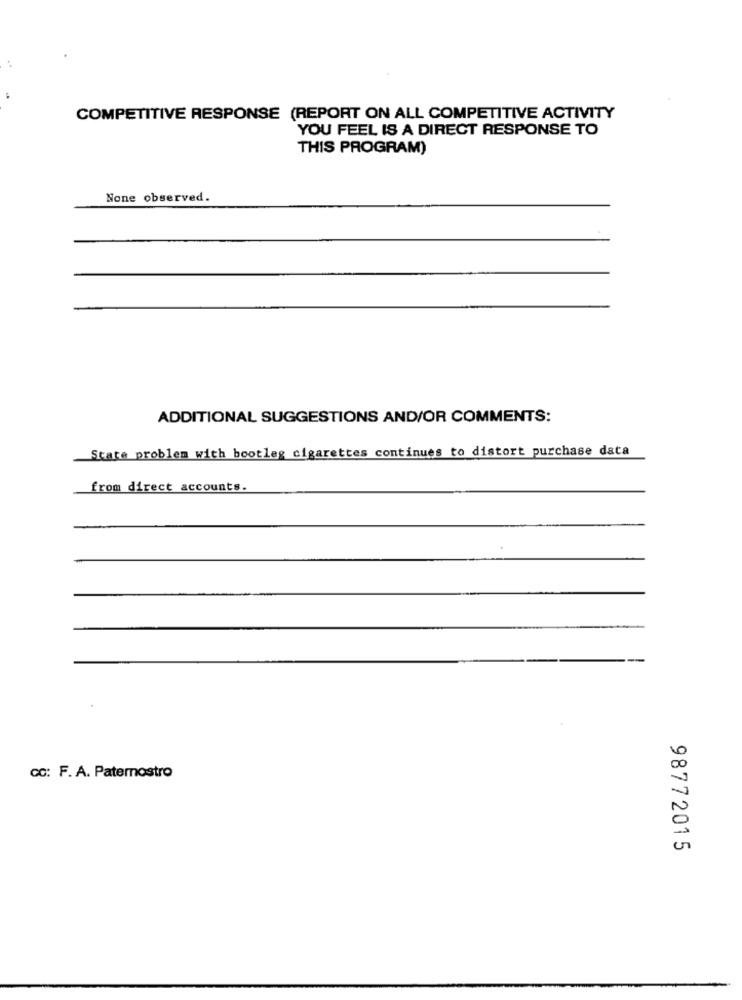
COMPETITIVE RESPONSE (REPORT ON ALL COMPETITIVE ACTIVITY
YOU FEEL IS A DIRECT RESPONSE TO
THIS PROGRAM)
None observed.
ADDITIONAL SUGGESTIONS AND/OR COMMENTS:
State problem with bootleg cigarettes continues to distort purchase data
from direct accounts.
CC: F. A. Paternostro
98772015